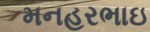
મનહરભાઇ